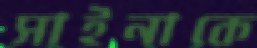
সাইনাকে